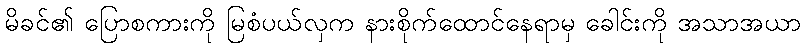
မိခင်၏ ပြောစကားကို မြစံပယ်လှက နားစိုက်ထောင်နေရာမှ ခေါင်းကို အသာအယာ